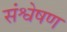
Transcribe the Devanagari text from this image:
संश्वेषण